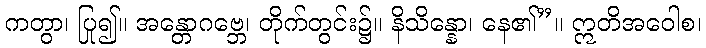
ကတွာ၊ ပြု၍။ အန္တောဂဗ္ဘေ၊ တိုက်တွင်း၌။ နိသိန္နော၊ နေ၏”။ ဣတိအဝေါစ၊